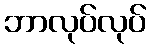
ဘာလုပ်လုပ်